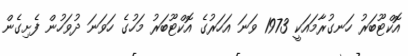
އޮކްޓޫބަރު ހަނގުރާމައަކީ 1973 ވަނަ އަހަރުގެ އޮކްޓޫބަރު މަހުގެ ހަވަނަ ދުވަހުން ފެށިގެން